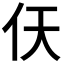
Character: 𫢋